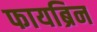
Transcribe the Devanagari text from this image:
फायब्रिन